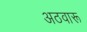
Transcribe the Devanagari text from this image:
अठवारू